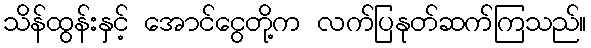
သိန်ထွန်းနှင့် အောင်ငွေတို့က လက်ပြနုတ်ဆက်ကြသည်။